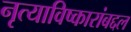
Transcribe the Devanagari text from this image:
नृत्याविष्कारांबद्दल